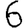
Digit: 6